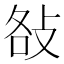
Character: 𢼛